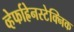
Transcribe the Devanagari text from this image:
व्हेर्फाह्रेनस्टेक्निक